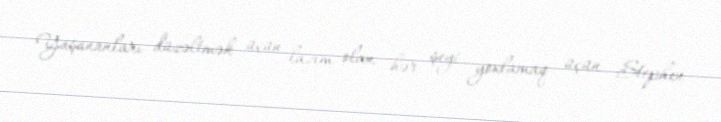
Yaşananları düzəltmək üçün lazım olan hər şeyi yoxlamaq üçün Stephen